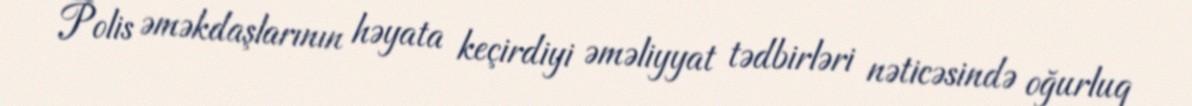
Polis əməkdaşlarının həyata keçirdiyi əməliyyat tədbirləri nəticəsində oğurluq